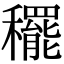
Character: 䆉